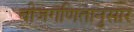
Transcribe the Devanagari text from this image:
बीजगणितानुसार